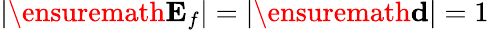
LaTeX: |\ensuremath{\mathbf{E}_{f}}|=|\ensuremath{\mathbf{d}}|=1